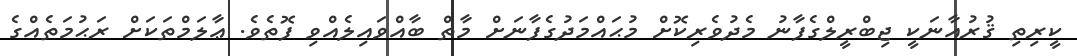
ކީރިތި ޤުރުއާނަކީ ޖިބްރީލްގެފާނު މެދުވެރިކޮށް މުޙައްމަދުގެފާނަށް މާތް ބާއްވައިލެއްވި ފޮތެވެ. ޢާލަމްތަކަށް ރަޙުމަތެއްގެ